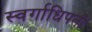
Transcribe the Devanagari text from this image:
स्वर्गाधिपती